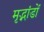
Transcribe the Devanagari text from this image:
मृद्भांडों